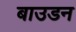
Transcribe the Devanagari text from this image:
बाउडन